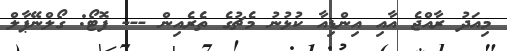
މިއަދު ރާއްޖެ އާއި އިންޑިއާ ކުޅުނު މެޗުގެ ތެރެއިން --- ފޮޓޯ: ގޯލްނޭޕާލް